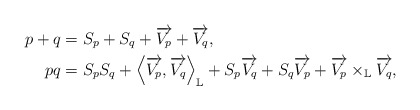
\begin{align*}p+q & =S_{p}+S_{q}+\overrightarrow{V_{p}}+\overrightarrow{V_{q}},\\pq & =S_{p}S_{q}+\left\langle \overrightarrow{V_{p}},\overrightarrow{V_{q}}\right\rangle _{\mathbb{L}}+S_{p}\overrightarrow{V_{q}}+S_{q}\overrightarrow{V_{p}}+\overrightarrow{V_{p}}\times_{\mathbb{L}}\overrightarrow{V_{q}},\end{align*}